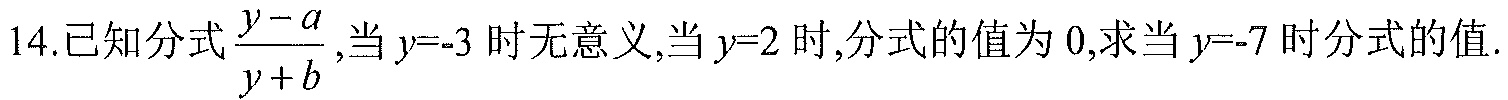
14.已知分式$\frac{y - a}{y + b}$,当$y = - 3$时无意义,当$y = 2$时,分式的值为$0$,求当$y = - 7$时分式的值.